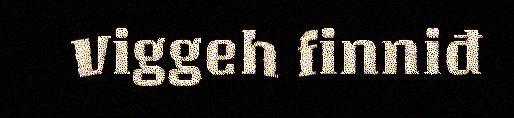
Viggeh finniđ